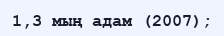
1,3 мың адам (2007);